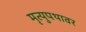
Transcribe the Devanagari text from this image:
मृत्युपथावर